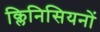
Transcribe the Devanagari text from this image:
क्लिनिसियनों